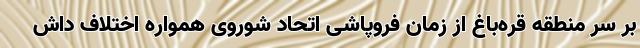
بر سر منطقه قره‌باغ از زمان فروپاشی اتحاد شوروی همواره اختلاف داش